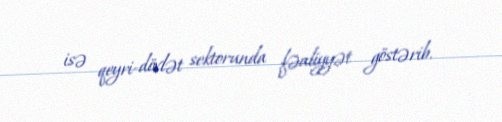
isə qeyri-dövlət sektorunda fəaliyyət göstərib.